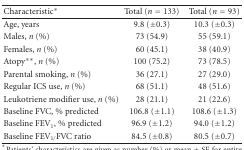
<table><thead><tr><td><b>Characteristic*</b></td><td><b>Total (<i>n</i> = 133)</b></td><td><b>Total (<i>n</i> = 93)</b></td></tr></thead><tbody><tr><td>Age, years</td><td>9.8 (±0.3)</td><td>10.3 (±0.3)</td></tr><tr><td>Males, <i>n</i> (%)</td><td>73 (54.9)</td><td>55 (59.1)</td></tr><tr><td>Females, <i>n</i> (%)</td><td>60 (45.1)</td><td>38 (40.9)</td></tr><tr><td>Atopy**, <i>n</i> (%)</td><td>100 (75.2)</td><td>73 (78.5)</td></tr><tr><td>Parental smoking, <i>n</i> (%)</td><td>36 (27.1)</td><td>27 (29.0)</td></tr><tr><td>Regular ICS use, <i>n</i> (%)</td><td>68 (51.1)</td><td>48 (51.6)</td></tr><tr><td>Leukotriene modifier use, <i>n</i> (%)</td><td>28 (21.1)</td><td>21 (22.6)</td></tr><tr><td>Baseline FVC, % predicted</td><td>106.8 (±1.1)</td><td>108.6 (±1.3)</td></tr><tr><td>Baseline FEV<sub>1</sub>, % predicted</td><td>96.9 (±1.2)</td><td>94.0 (±1.2)</td></tr><tr><td>Baseline FEV<sub>1/</sub>FVC ratio</td><td>84.5 (±0.8)</td><td>80.5 (±0.7)</td></tr></tbody></table>